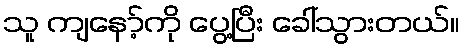
သူ ကျနော့်ကို ပွေ့ပြီး ခေါ်သွားတယ်။